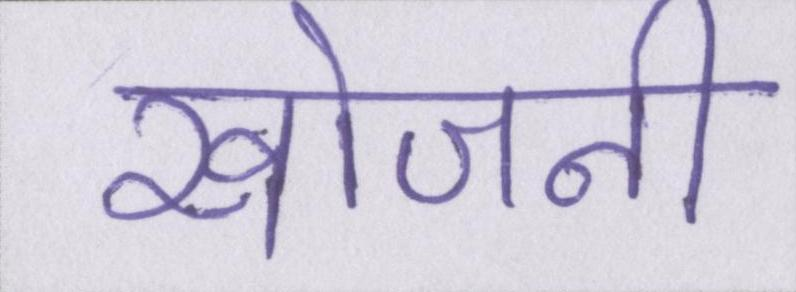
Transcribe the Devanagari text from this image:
खोजनी